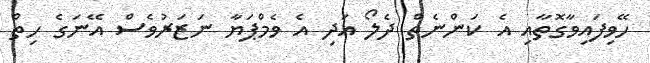
ހޭވިފައިވާގޮތާއި އެ ކަންނެތް ދެލޯ އަދި އެ ވެމްޕަޔާ ނަޒަރުވެސް އޭނަގެ ހިތް